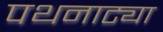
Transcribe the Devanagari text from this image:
पथनाट्या